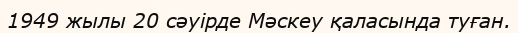
1949 жылы 20 сәуірде Мәскеу қаласында туған.